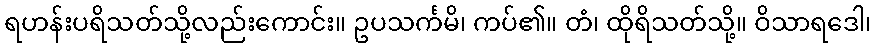
ရဟန်းပရိသတ်သို့လည်းကောင်း။ ဥပသင်္ကမိ၊ ကပ်၏။ တံ၊ ထိုရိသတ်သို့။ ဝိသာရဒေါ၊